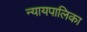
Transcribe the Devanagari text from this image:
न्‍यायपालिका